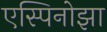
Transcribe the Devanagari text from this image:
एस्पिनोझा